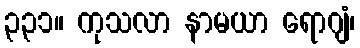
၃၃၁။ ကုသလာ နာမယာ ရောဂျံ၊